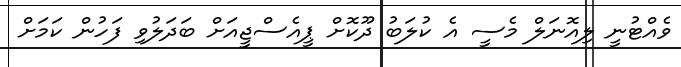
ވެއްޓުނީ ލިއޮނަލް މެސީ އެ ކުލަބު ދޫކޮށް ޕީއެސްޖީއަށް ބަދަލުވި ފަހުން ކަމަށް